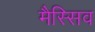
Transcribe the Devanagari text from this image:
मैस्सिव